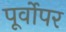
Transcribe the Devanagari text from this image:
पूर्वोपर